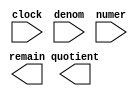
// megafunction wizard: %LPM_DIVIDE%VBB%
// GENERATION: STANDARD
// VERSION: WM1.0
// MODULE: LPM_DIVIDE 

// ============================================================
// Megafunction Name(s):
// 			LPM_DIVIDE
//
// Simulation Library Files(s):
// 			lpm
// ============================================================
// ************************************************************
// THIS IS A WIZARD-GENERATED FILE. DO NOT EDIT THIS FILE!
//
// 19.1.0 Build 670 09/22/2019 SJ Lite Edition
// ************************************************************

//Copyright (C) 2019  Intel Corporation. All rights reserved.
//Your use of Intel Corporation's design tools, logic functions 
//and other software and tools, and any partner logic 
//functions, and any output files from any of the foregoing 
//(including device programming or simulation files), and any 
//associated documentation or information are expressly subject 
//to the terms and conditions of the Intel Program License 
//Subscription Agreement, the Intel Quartus Prime License Agreement,
//the Intel FPGA IP License Agreement, or other applicable license
//agreement, including, without limitation, that your use is for
//the sole purpose of programming logic devices manufactured by
//Intel and sold by Intel or its authorized distributors.  Please
//refer to the applicable agreement for further details, at
//https://fpgasoftware.intel.com/eula.

module divide_by_N_bb (
	clock,
	denom,
	numer,
	quotient,
	remain);

	input	  clock;
	input	[12:0]  denom;
	input	[29:0]  numer;
	output	[29:0]  quotient;
	output	[12:0]  remain;

endmodule

// ============================================================
// CNX file retrieval info
// ============================================================
// Retrieval info: PRIVATE: INTENDED_DEVICE_FAMILY STRING "Cyclone V"
// Retrieval info: PRIVATE: PRIVATE_LPM_REMAINDERPOSITIVE STRING "TRUE"
// Retrieval info: PRIVATE: PRIVATE_MAXIMIZE_SPEED NUMERIC "-1"
// Retrieval info: PRIVATE: SYNTH_WRAPPER_GEN_POSTFIX STRING "0"
// Retrieval info: PRIVATE: USING_PIPELINE NUMERIC "1"
// Retrieval info: PRIVATE: VERSION_NUMBER NUMERIC "2"
// Retrieval info: PRIVATE: new_diagram STRING "1"
// Retrieval info: LIBRARY: lpm lpm.lpm_components.all
// Retrieval info: CONSTANT: LPM_DREPRESENTATION STRING "UNSIGNED"
// Retrieval info: CONSTANT: LPM_HINT STRING "LPM_REMAINDERPOSITIVE=TRUE"
// Retrieval info: CONSTANT: LPM_NREPRESENTATION STRING "UNSIGNED"
// Retrieval info: CONSTANT: LPM_PIPELINE NUMERIC "1"
// Retrieval info: CONSTANT: LPM_TYPE STRING "LPM_DIVIDE"
// Retrieval info: CONSTANT: LPM_WIDTHD NUMERIC "13"
// Retrieval info: CONSTANT: LPM_WIDTHN NUMERIC "30"
// Retrieval info: USED_PORT: clock 0 0 0 0 INPUT NODEFVAL "clock"
// Retrieval info: USED_PORT: denom 0 0 13 0 INPUT NODEFVAL "denom[12..0]"
// Retrieval info: USED_PORT: numer 0 0 30 0 INPUT NODEFVAL "numer[29..0]"
// Retrieval info: USED_PORT: quotient 0 0 30 0 OUTPUT NODEFVAL "quotient[29..0]"
// Retrieval info: USED_PORT: remain 0 0 13 0 OUTPUT NODEFVAL "remain[12..0]"
// Retrieval info: CONNECT: @clock 0 0 0 0 clock 0 0 0 0
// Retrieval info: CONNECT: @denom 0 0 13 0 denom 0 0 13 0
// Retrieval info: CONNECT: @numer 0 0 30 0 numer 0 0 30 0
// Retrieval info: CONNECT: quotient 0 0 30 0 @quotient 0 0 30 0
// Retrieval info: CONNECT: remain 0 0 13 0 @remain 0 0 13 0
// Retrieval info: GEN_FILE: TYPE_NORMAL divide_by_N_bb.v TRUE
// Retrieval info: GEN_FILE: TYPE_NORMAL divide_by_N_bb.inc FALSE
// Retrieval info: GEN_FILE: TYPE_NORMAL divide_by_N_bb.cmp TRUE
// Retrieval info: GEN_FILE: TYPE_NORMAL divide_by_N_bb.bsf FALSE
// Retrieval info: GEN_FILE: TYPE_NORMAL divide_by_N_bb_inst.v FALSE
// Retrieval info: GEN_FILE: TYPE_NORMAL divide_by_N_bb_bb.v TRUE
// Retrieval info: LIB_FILE: lpm